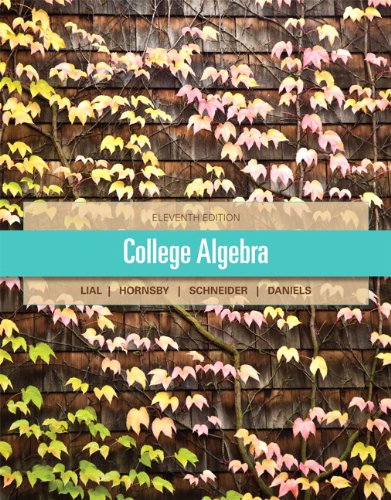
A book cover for College Algebra (11th Edition); Margaret L. Lial; Science & Math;